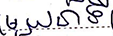
មួយនាទី